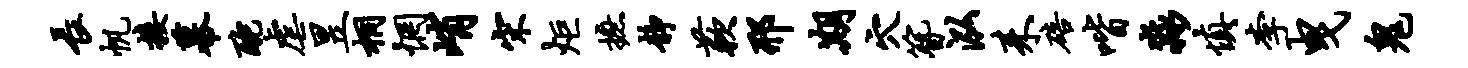
长帆接幕酡虐昱桐惘峭宋炬摭静蔌邢期穴簪泓耒碚喈淼慎李曳鬼